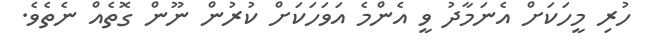
ހުރި މީހަކަށް އެނަމާދު ވީ އެންމެ އަވަހަކަށް ކުރުން ނޫން ގޮތެއް ނެތެވެ.